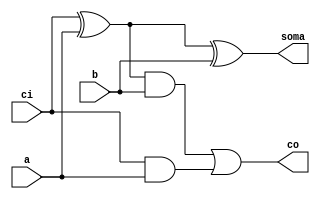
//Somador 3 bits (Sem verificao de overflow)
//Wadson Ferreira
//460631

module S1(output soma,output co,input ci, input a, input b);
	wire xora,anda,andb;
	xor X1(xora,ci,a);
	xor X2(soma,xora,b);
	and  A1(anda,xora,b);
	and  A2(andb,ci,a);
	or   O1(co,anda,andb);
endmodule

module S3(output[2:0] soma, output co, input ci, input[2:0] a, input[2:0] b);
	wire co0, co1;
	S1 SA(soma[0],co0,ci,a[0],b[0]);
	S1 SB(soma[1],co1,co0,a[1],b[1]);
	S1 SC(soma[2],co,co1,a[2],b[2]);
endmodule

module teste;
	wire[2:0] soma;
	wire co;
	reg[2:0] entradaA, entradaB;
	reg ci;
	S3 SA(soma,co,ci,entradaA,entradaB);
	initial begin
	$display("Somador");
	#1 entradaA=3'b000; entradaB=3'b000; ci=0;
	#1 $monitor("A=%3b B=%3b CI=%b SOMA=%3b CO=%b",entradaA,entradaB,ci,soma,co);
	#1 entradaA=3'b100; entradaB=3'b010; ci=0;
	#1 entradaA=3'b111; entradaB=3'b000; ci=0;
	#1 entradaA=3'b111; entradaB=3'b001; ci=0;
	#1 entradaA=3'b111; entradaB=3'b001; ci=1;
	#1 entradaA=3'b000; entradaB=3'b000; ci=1;
	#1 entradaA=3'b010; entradaB=3'b001; ci=1;
	#1 entradaA=3'b011; entradaB=3'b011; ci=1;
	#1 entradaA=3'b111; entradaB=3'b111; ci=0;
	#1 entradaA=3'b100; entradaB=3'b100; ci=0;
	end
endmodule